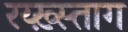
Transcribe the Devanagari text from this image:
रय्ख़्स्ताग